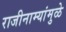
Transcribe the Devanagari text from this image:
राजीनाम्यांमुळे